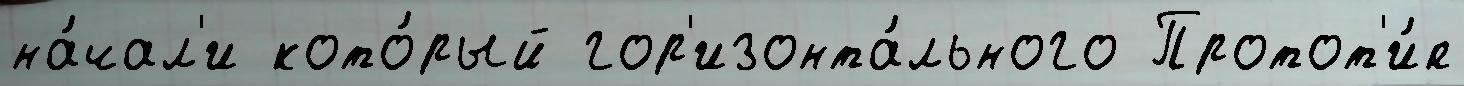
на́чал'и кото́рый гор'изонта́льного Протот'и́п